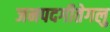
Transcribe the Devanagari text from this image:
जनपदगीतेगलु